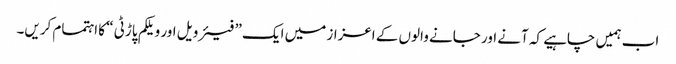
اب ہمیں چاہیے کہ آنے اور جانے والوں کے اعزاز میں ایک ” فیئر ویل اور ویلکم پاڑٹی “ کا اہتمام کریں۔